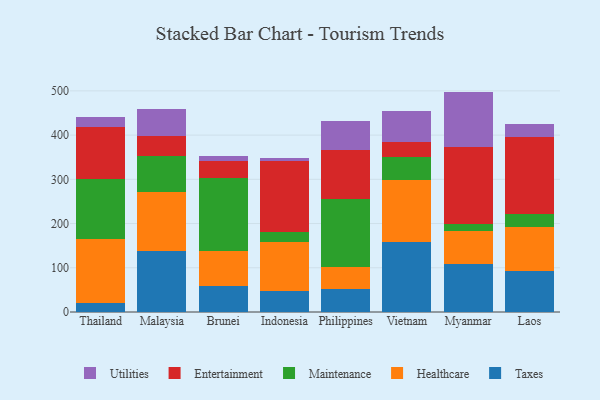
{"axis": {"x": "Country", "y": "Page Views"}, "legend": ["Entertainment", "Healthcare", "Maintenance", "Taxes", "Utilities"], "data": [{"x": "Thailand", "y": 19.9, "type": "Taxes"}, {"x": "Thailand", "y": 144.1, "type": "Healthcare"}, {"x": "Thailand", "y": 136.7, "type": "Maintenance"}, {"x": "Thailand", "y": 118.6, "type": "Entertainment"}, {"x": "Thailand", "y": 20.7, "type": "Utilities"}, {"x": "Malaysia", "y": 138.6, "type": "Taxes"}, {"x": "Malaysia", "y": 131.8, "type": "Healthcare"}, {"x": "Malaysia", "y": 81.5, "type": "Maintenance"}, {"x": "Malaysia", "y": 46.5, "type": "Entertainment"}, {"x": "Malaysia", "y": 60.0, "type": "Utilities"}, {"x": "Brunei", "y": 57.8, "type": "Taxes"}, {"x": "Brunei", "y": 80.6, "type": "Healthcare"}, {"x": "Brunei", "y": 164.9, "type": "Maintenance"}, {"x": "Brunei", "y": 38.1, "type": "Entertainment"}, {"x": "Brunei", "y": 12.0, "type": "Utilities"}, {"x": "Indonesia", "y": 46.7, "type": "Taxes"}, {"x": "Indonesia", "y": 112.3, "type": "Healthcare"}, {"x": "Indonesia", "y": 22.6, "type": "Maintenance"}, {"x": "Indonesia", "y": 159.3, "type": "Entertainment"}, {"x": "Indonesia", "y": 8.2, "type": "Utilities"}, {"x": "Philippines", "y": 51.5, "type": "Taxes"}, {"x": "Philippines", "y": 49.4, "type": "Healthcare"}, {"x": "Philippines", "y": 153.5, "type": "Maintenance"}, {"x": "Philippines", "y": 112.2, "type": "Entertainment"}, {"x": "Philippines", "y": 64.9, "type": "Utilities"}, {"x": "Vietnam", "y": 158.5, "type": "Taxes"}, {"x": "Vietnam", "y": 140.3, "type": "Healthcare"}, {"x": "Vietnam", "y": 51.0, "type": "Maintenance"}, {"x": "Vietnam", "y": 35.1, "type": "Entertainment"}, {"x": "Vietnam", "y": 70.6, "type": "Utilities"}, {"x": "Myanmar", "y": 108.5, "type": "Taxes"}, {"x": "Myanmar", "y": 75.4, "type": "Healthcare"}, {"x": "Myanmar", "y": 15.2, "type": "Maintenance"}, {"x": "Myanmar", "y": 174.9, "type": "Entertainment"}, {"x": "Myanmar", "y": 124.3, "type": "Utilities"}, {"x": "Laos", "y": 92.9, "type": "Taxes"}, {"x": "Laos", "y": 99.1, "type": "Healthcare"}, {"x": "Laos", "y": 30.7, "type": "Maintenance"}, {"x": "Laos", "y": 173.8, "type": "Entertainment"}, {"x": "Laos", "y": 27.8, "type": "Utilities"}]}